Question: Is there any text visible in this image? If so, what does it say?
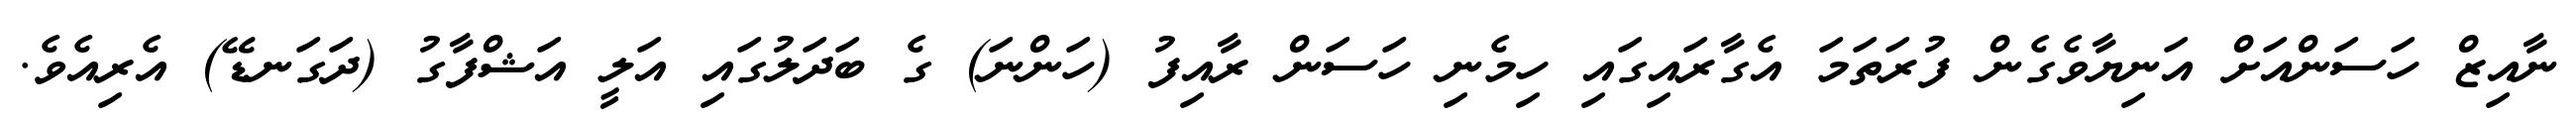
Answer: ނާއިޒް ހަސަންއަށް އަނިޔާވެގެން ފުރަތަމަ އެގާރައިގައި ހިމެނި ހަސަން ރާއިފު (ހަންނަ) ގެ ބަދަލުގައި އަލީ އަޝްފާގު (ދަގަނޑޭ) އެރިއެވެ.